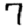
Digit: 7